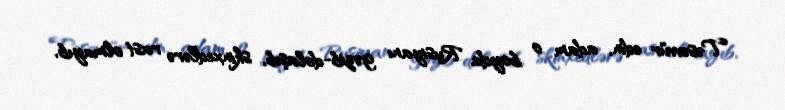
Təsəvvür edin, adam o boyda Rusiyanı gəzib-dolaşıb, skinxedlərə rast olmayıb,